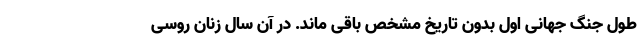
طول جنگ جهانی اول بدون تاریخ مشخص باقی ماند. در آن سال زنان روسی